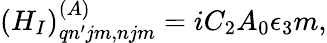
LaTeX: (H_{I})_{qn^{\prime}jm,njm}^{(A)}=iC_{2}A_{0}\epsilon_{3}m,